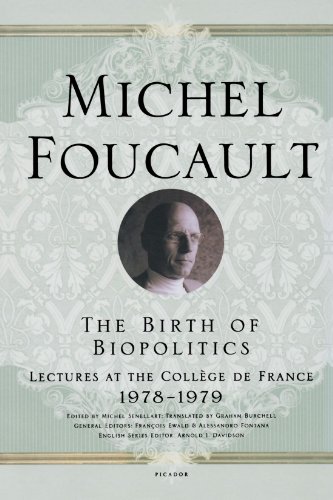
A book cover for The Birth of Biopolitics: Lectures at the CollÃ¨ge de France, 1978--1979 (Lectures at the College de France); Michel Foucault; Politics & Social Sciences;